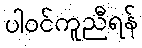
ပါဝင်ကူညီရန်